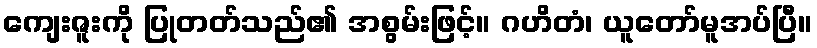
ကျေးဇူးကို ပြုတတ်သည်၏ အစွမ်းဖြင့်။ ဂဟိတံ၊ ယူတော်မူအပ်ပြီ။